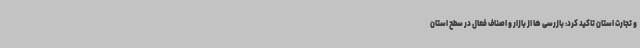
و تجارت استان تاکید کرد: بازرسی ها از بازار و اصناف فعال در سطح استان